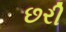
છરી